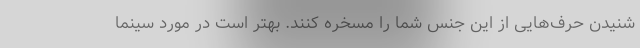
شنیدن حرف‌هایی از این جنس شما را مسخره کنند. بهتر است در مورد سینما